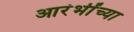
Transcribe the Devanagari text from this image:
आरंभींच्या